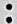
: